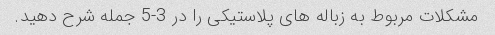
مشکلات مربوط به زباله های پلاستیکی را در 3-5 جمله شرح دهید.